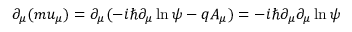
\partial _ { \mu } ( m u _ { \mu } ) = \partial _ { \mu } ( - i \hbar \partial _ { \mu } \ln \psi - q A _ { \mu } ) = - i \hbar \partial _ { \mu } \partial _ { \mu } \ln \psi